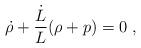
LaTeX: \begin{align*}\dot{\rho}+\frac{\dot{L}}{L}(\rho+p)=0\;,\end{align*}